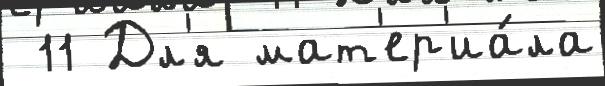
 11 Дл'я мат'ер'иа́ла